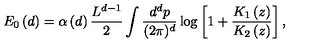
E _ { 0 } \left( d \right) = \alpha \left( d \right) \frac { L ^ { d - 1 } } { 2 } \int \frac { d ^ { d } p } { ( 2 \pi ) ^ { d } } \log \left[ 1 + \frac { K _ { 1 } \left( z \right) } { K _ { 2 } \left( z \right) } \right] ,